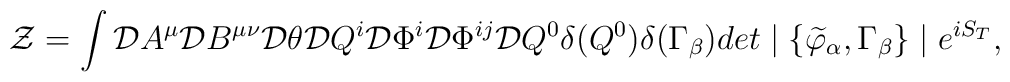
{\cal Z}=\int {\cal D}A^\mu {\cal D}B^{\mu\nu} {\cal D}\theta{\cal D}Q^i {\cal D}\Phi^i {\cal D}\Phi^{ij}{\cal D}Q^0\delta(Q^0)\delta(\Gamma_\beta)det\mid\{\widetilde{\varphi}_\alpha, \Gamma_\beta \}\mid e^{iS_T},